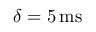
\delta = 5 \, \mathrm { { m s } }